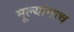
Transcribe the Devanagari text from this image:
मूल्यांनाच